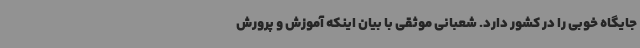
جایگاه خوبی را در کشور دارد. شعبانی موثقی با بیان اینکه آموزش و پرورش